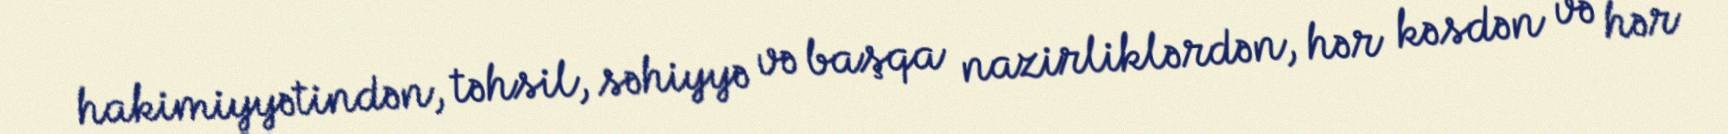
hakimiyyətindən, təhsil, səhiyyə və başqa nazirliklərdən, hər kəsdən və hər